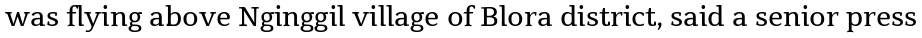
was flying above Nginggil village of Blora district, said a senior press